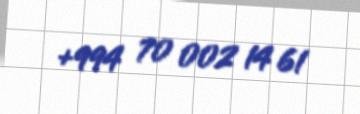
+994 70 002 14 61